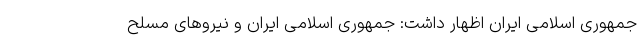
جمهوری اسلامی ایران اظهار داشت: جمهوری اسلامی ایران و نیروهای مسلح